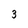
Character: 3